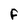
Character: F